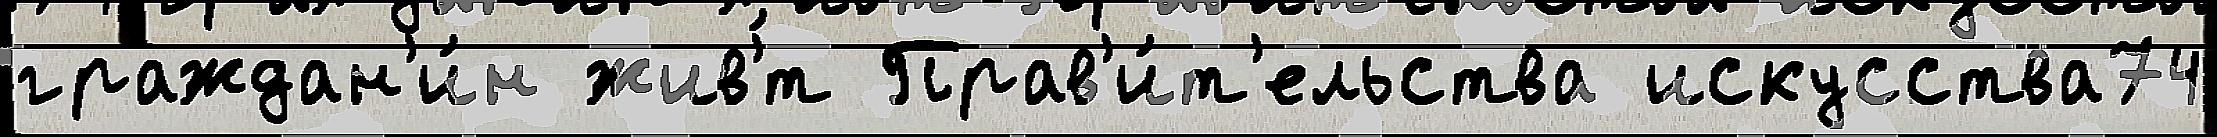
граждан'и́н жив'́т Прав'и́т'ельства искусства74